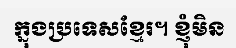
ក្នុងប្រទេសខ្មែរ។ ខ្ញុំមិន